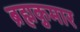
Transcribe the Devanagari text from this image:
ब्रह्मकुमार